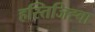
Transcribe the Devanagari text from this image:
हस्तिजिह्वा